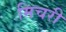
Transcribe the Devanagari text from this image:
मिचरी